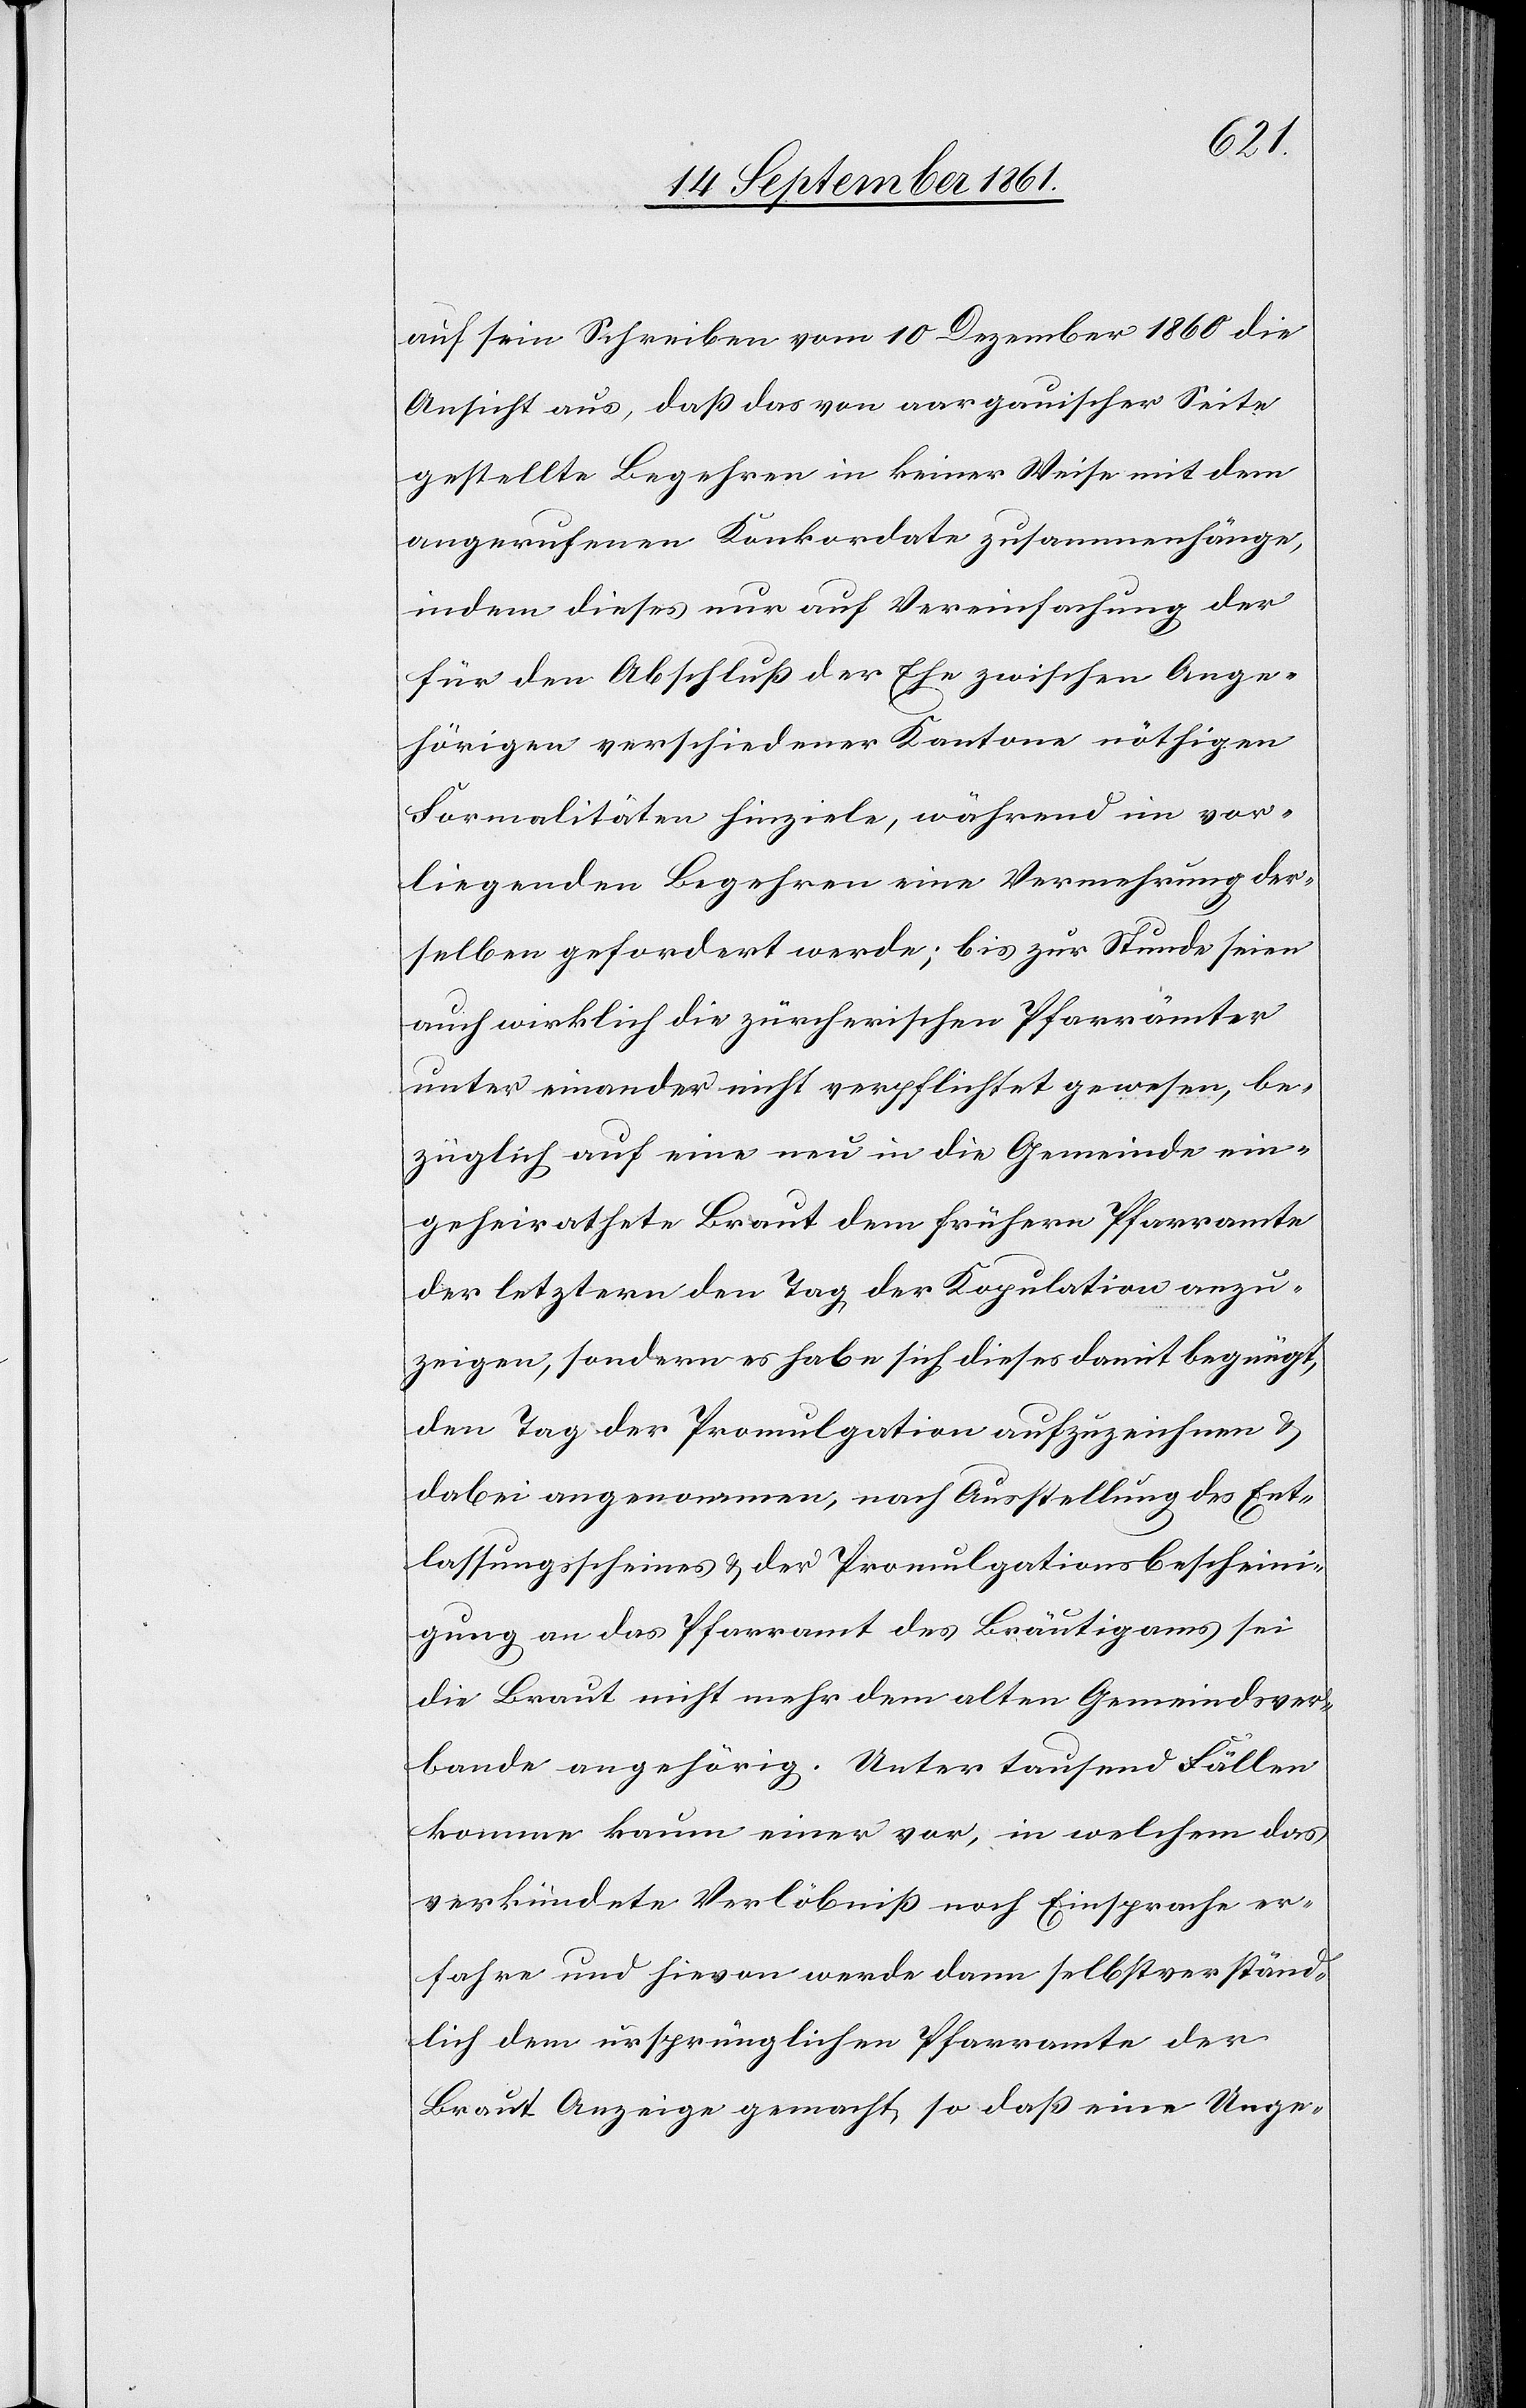
auf sein Schreiben vom 10 Dezember 1860 die
Ansicht aus, daß das von aargauischer Seite
gestellte Begehren in keiner Weise mit dem
angerufenen Konkordate zusammenhänge,
indem dieses nur auf Vereinfachung der
für den Abschluß der Ehe zwischen Ange¬
hörigen verschiedener Kantone nöthigen
Formalitäten hinziele, während im vor¬
liegenden Begehren eine Vermehrung der¬
selben gefordert werde; bis zur Stunde seien
auch wirklich die zürcherischen Pfarrämter
unter einander nicht verpflichtet gewesen, be¬
züglich auf eine neu in die Gemeinde ein¬
geheirathete Braut dem frühern Pfarramte
der letztern den Tag der Kopulation anzu¬
zeigen, sondern es habe sich dieses damit begnügt,
den Tag der Promulgation aufzuzeichnen u.
dabei angenommen, nach Ausstellung des Ent¬
lassungsscheines u. der Promulgationsbescheini¬
gung an das Pfarramt des Bräutigams sei
die Braut nicht mehr dem alten Gemeindsver¬
bande angehörig. Unter tausend Fällen
komme kaum einer vor, in welchem das
verkündete Verlöbniß noch Einsprache er¬
fahre und hievon werde dann selbstverständ¬
lich dem ursprünglichen Pfarramte der
Braut Anzeige gemacht, so daß eine Unge-